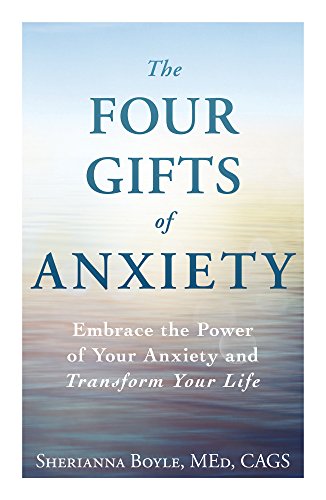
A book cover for The Four Gifts of Anxiety: Embrace the Power of Your Anxiety and Transform Your Life; Sherianna Boyle MEd  CAG; Self-Help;